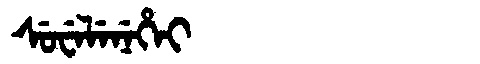
Manchu: ᠰᡠᠸᡝᠯᡝᠨᡝᡥᡝᡳ
Romanization: SUWELENEHEI